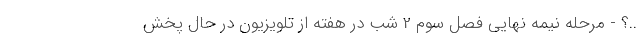
..؟ - مرحله نیمه نهایی فصل سوم 2 شب در هفته از تلویزیون در حال پخش